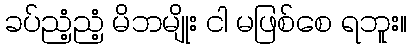
ခပ်ညံ့ညံ့ မိဘမျိုး ငါ မဖြစ်စေ ရဘူး။